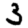
Digit: 3